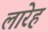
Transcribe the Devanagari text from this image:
लारेह